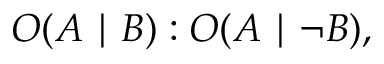
O ( A \mid B ) : O ( A \mid \neg B ) ,